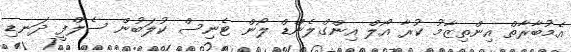
އެމުބާރާތް އިންތިޒާމު ކުރާ އޯލް އިންގްލެންޑް ލޯން ޓެނިސް ކުލަބުން ސެލްފީ ދަނޑި